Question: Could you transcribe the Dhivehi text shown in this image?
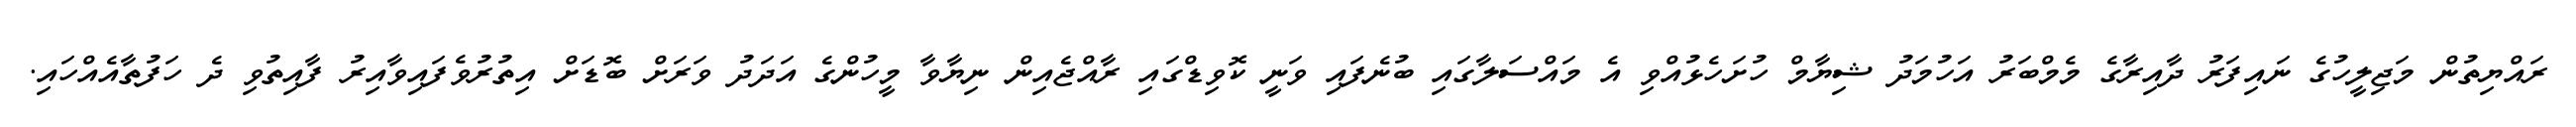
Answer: ރައްޔިތުން މަޖިލީހުގެ ނައިފަރު ދާއިރާގެ މެމްބަރު އަހުމަދު ޝިޔާމް ހުށަހެޅުއްވި އެ މައްސަލާގައި ބުނެފައި ވަނީ ކޮވިޑްގައި ރާއްޖެއިން ނިޔާވާ މީހުންގެ އަދަދު ވަރަށް ބޮޑަށް އިތުރުވެފައިވާއިރު ފާއިތުވި ދެ ހަފުތާއެއްހައި.